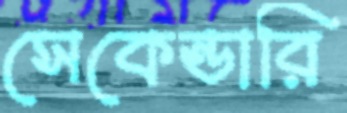
সেকেন্ডারি